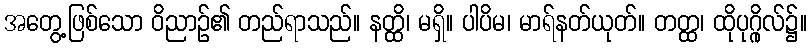
အတွေ့ဖြစ်သော ဝိညာဉ်၏ တည်ရာသည်။ နတ္ထိ၊ မရှိ။ ပါပိမ၊ မာရ်နတ်ယုတ်။ တတ္ထ၊ ထိုပုဂ္ဂိုလ်၌။